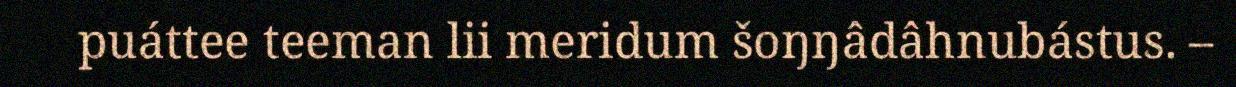
puáttee teeman lii meridum šoŋŋâdâhnubástus. –